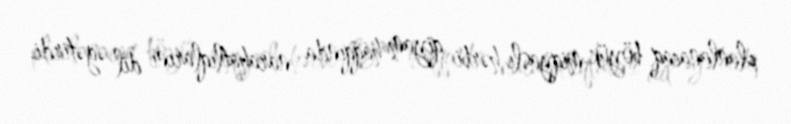
planlanacaq böyük miqyaslı hərbi qiyam haqqında narahatlıqlarını dil əgətirdi.